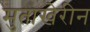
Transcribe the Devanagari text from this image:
मुताखेरीन